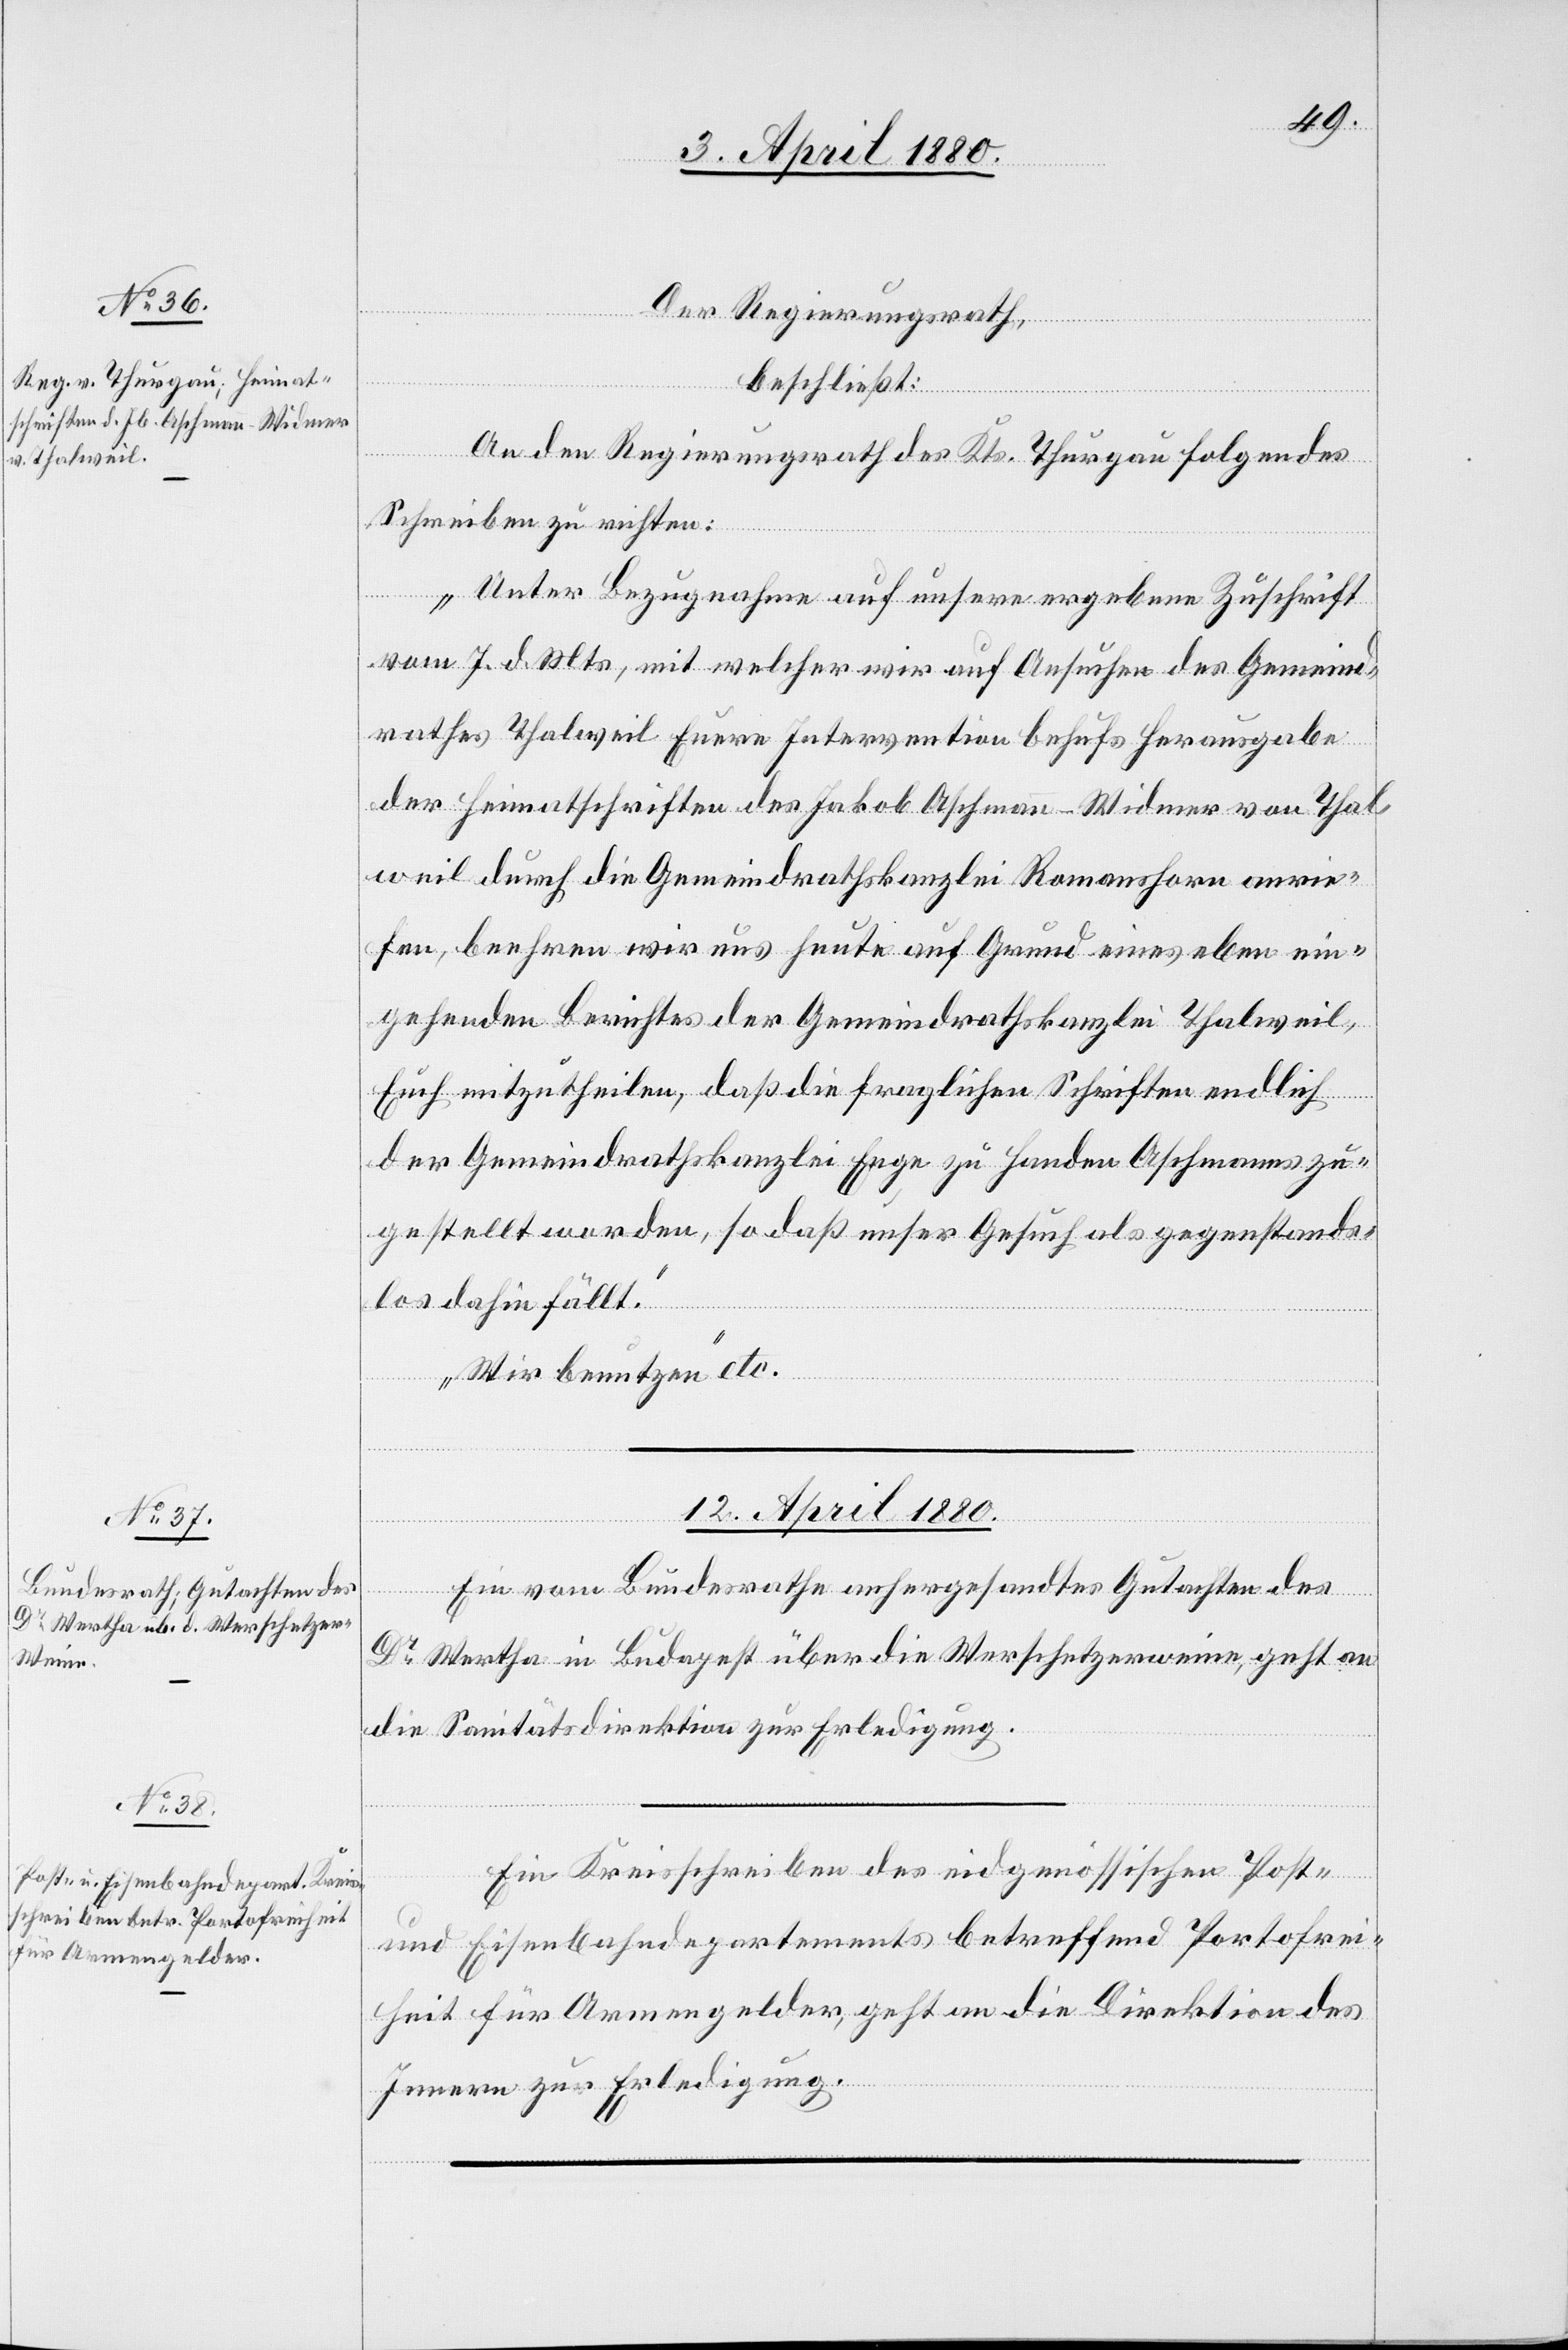
9. April 1880.]
Der Regierungsrath,
beschließt:
An den Regierungsrath des Kts. Thurgau folgendes
Schreiben zu richten:
„Unter Bezugnahme auf unsere ergebene Zuschrift
vom 7. d. Mts., mit welcher wir auf Ansuchen des Gemeind¬
rathes Thalweil Eure Intervention behufs Herausgabe
der Heimatschriften des Jakob Aschmann-Widmer von Thal¬
weil durch die Gemeindrathskanzlei Romanshorn anrie¬
fen, beehren wir uns heute auf Grund eines eben ein¬
gehenden Berichtes der Gemeindrathskanzlei Thalweil,
Euch mitzutheilen, daß die fraglichen Schriften endlich
der Gemeindrathskanzlei Enge zu Handen Aschmanns zu¬
gestellt worden, so daß unser Gesuch als gegenstands¬
los dahin fällt.
Wir benutzen“ etc.
12. April 1880.]
Ein vom Bundesrathe anhergesandtes Gutachten des
Dr Wertha in Budapest über die Werschetzerweine, geht an
die Sanitätsdirektion zur Erledigung.
Ein Kreisschreiben des eidgenössischen Post-
und Eisenbahndepartements betreffend Portofrei¬
heit für Armengelder, geht an die Direktion des
Innern zur Erledigung.